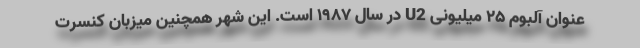
عنوان آلبوم ۲۵ میلیونی U2 در سال ۱۹۸۷ است. این شهر همچنین میزبان کنسرت